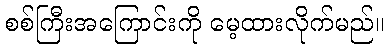
စစ်ကြီးအကြောင်းကို မေ့ထားလိုက်မည်။